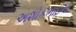
અશોકભાઇના